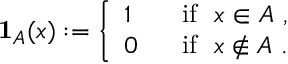
\mathbf { 1 } _ { A } ( x ) : = { \left\{ \begin{array} { l l } { 1 ~ } & { { \mathrm { ~ i f ~ } } ~ x \in A ~ , } \\ { 0 ~ } & { { \mathrm { ~ i f ~ } } ~ x \notin A ~ . } \end{array} \right. }